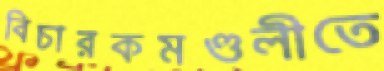
বিচারকমণ্ডলীতে